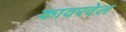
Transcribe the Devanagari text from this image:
कावरवेल